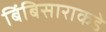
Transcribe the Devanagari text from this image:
बिंबिसाराकडे